Report on enteric fever
Disease focus: Fever
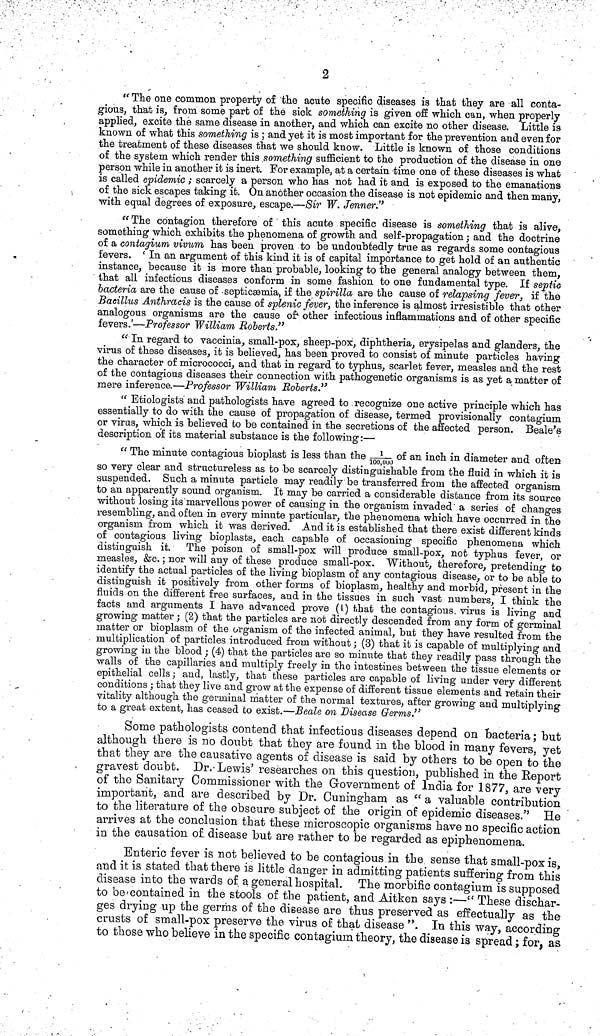
2
'' The one common property of the acute specific diseases is that they are all conta-
gious, that is, from some part of the sick something is given off which can, when properly-
applied, excite the same disease in another, and which can excite no other disease. Little is
known of what this something is ; and yet it is most important for the prevention and even for
the treatment of these diseases that we should know. Little is known of those conditions
of the system which render this something sufficient to the production of the disease in one
person while in another it is inert. For example, at a certain time one of these diseases is what
is called epidemic ; scarcely a person who has not had it and is exposed to the emanations
of the sick escapes taking it. On another occasion the disease is not epidemic and then many,
with equal degrees of exposure, escape.—Sir W. Jenner."
" The contagion therefore of ' this acute specific disease is something that is alive,
something which exhibits the phenomena of growth and self-propagation; and the doctrine
of a contagium vivum has been proven to be undoubtedly true as regards some contagious
fevers. ' In an argument of this kind it is of capital importance to get hold of an authentic
instance, because it is more than probable, looking to the general analogy between them,
that all infectious diseases conform in some fashion to one fundamental type. If septic
bacteria are the cause of -septicaamia, if the spirilla are the cause of relapsing fever, if the
Bacillus Anthracis is the cause of splenic fever, the inference is almost irresistible that other
analogous organisms are the cause of other infectious inflammations and of other specific
fevers.'—Professor William Roberts."
" In regard to vaccinia, small-pox, sheep-pox, diphtheria, erysipelas and glanders, the
virus of these diseases, it is believed, has been proved to consist of minute particles having
the character of micrococci, and that in regard to typhus, scarlet fever, measles and the rest
of the contagious diseases their connection with pathogenetic organisms is as yet a matter of
mere inference.—Professor William Roberts."
" Etiologists and pathologists have agreed to recognize one active principle which has
essentially to do with the cause of propagation of disease, termed provisionally contagium
or virus, which is believed to be contained in the secretions of the affected person. Beale's
description of its material substance is the following:—
" The minute contagious bioplast is less than the /ill/ of an inch in diameter and often
100,000
so very clear and structureless as to be scarcely distinguishable from the fluid in which it is
suspended. Such a minute particle may readily be transferred from the affected organism
to an apparently sound organism. It may be carried a considerable distance from its source
without losing its marvellous power of causing in the organism invaded a series of changes
resembling, and often in every minute particular, the phenomena which have occurred in the
organism from which it was derived. And it is established that there exist different kinds
of contagious living bioplasts, each capable of occasioning specific phenomena which
distinguish it. The poison of small-pox will produce small-pox, not typhus fever, or
measles, &c.; nor will any of these produce small-pox. Without, therefore, pretending to
identify the actual particles of the living bioplasm of any contagious disease, or to be able to
distinguish it positively from other forms of bioplasm, healthy and morbid, present in the
fluids on the different free surfaces, and in the tissues in such vast numbers, I think the
facts and arguments I have advanced prove (1) that the contagious, virus is living and
growing matter; (2) that the particles are not directly descended from any form of germinal
matter or bioplasm of the organism of the infected animal, but they have resulted from the
multiplication of particles introduced from without; (3) that it is capable of multiplying and
growing in the blood; (4) that the particles are so minute that they readily pass through the
walls of the capillaries and multiply freely in the intestines between the tissue elements or
epithelial cells; and, lastly, that these particles are capable of living under very different
conditions; that they live and grow at the expense of different tissue elements and retain their
vitality although the germinal matter of the normal textures, after growing and multiplying
to a great extent, has ceased to exist.—Beale on Disease Germs."
Some pathologists contend that infectious diseases depend on bacteria; but
although there is no doubt that they are found in the blood in many fevers, yet
that they are the causative agents of disease is said by others to be open to the
gravest doubt. Dr. Lewis' researches 011 this question, published in the Report
of the Sanitary Commissioner with the Government of India for 1877, are very
important, and are described by Dr. Ouningham as " a valuable contribution
to the literature of the obscure subject of the origin of epidemic diseases." He
arrives at the conclusion that these microscopic organisms have no specific action
in the causation of. disease but are rather to be regarded as epiphenomena.
Enteric fever is not believed to be contagious in the, sense that small-pox is,
and it is stated that there is little danger in admitting patients suffering from this
disease into the wards of a general hospital. The morbific contagium is supposed
to be contained in the stools of the patient, and Aitken says :—" These dischar-
ges drying up the germs of the disease are thus preserved as effectually as the
crusts of small-pox preserve the virus of that disease ". In this way, according
to those who believe in the specific contagium theory, the disease is spread; for, as